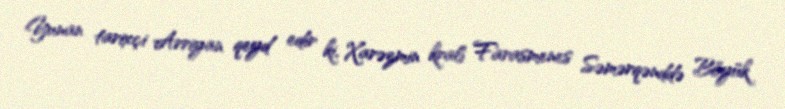
Yunan tarixçi Arriyan qeyd edir ki, Xarəzmin kralı Farasmenes Səmərqənddə Böyük